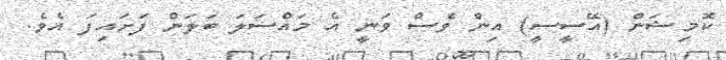
ކޮމިޝަން (އޭސީސީ) އިން ވެސް ވަނީ އެ މައްސަލަ ބަލަން ފަށައިފަ އެވެ.